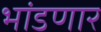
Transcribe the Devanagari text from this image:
भांडणार